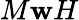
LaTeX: M\mathbf{w}H